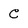
Character: C